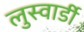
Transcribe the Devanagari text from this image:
लुस्वार्डी